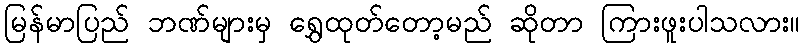
မြန်မာပြည် ဘဏ်များမှ ရွှေထုတ်တော့မည် ဆိုတာ ကြားဖူးပါသလား။